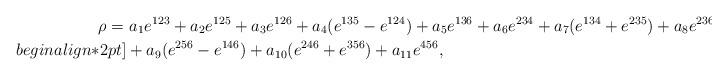
LaTeX: \begin{align*} \rho= \, & \, a_1 e^{123} + a_2 e^{125} + a_3 e^{126} + a_4 (e^{135}-e^{124}) + a_5 e^{136} + a_6 e^{234} + a_7 (e^{134} + e^{235}) + a_8 e^{236}\\begin{align*}2pt] & + a_9 (e^{256} - e^{146}) + a_{10}(e^{246} + e^{356}) + a_{11} e^{456}, \end{align*}